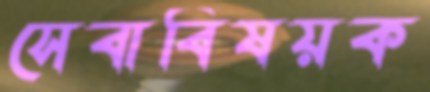
সেবাবিষয়ক